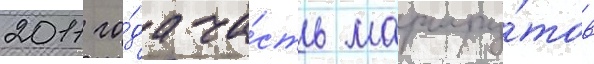
2011 го́да ча́сть маршру́тов